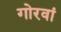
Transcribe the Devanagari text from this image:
गोरवां